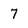
Character: 7